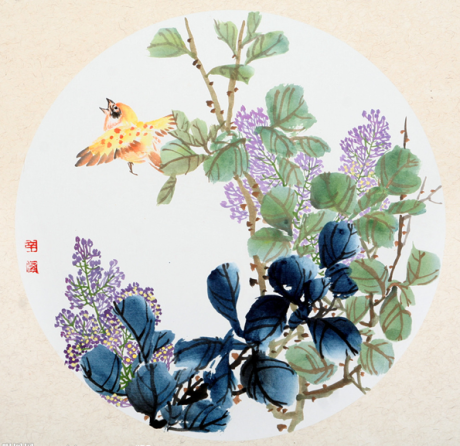
青山绿水，白草红叶黄花。